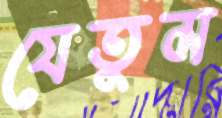
যেতুম